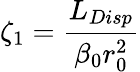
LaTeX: \zeta_{1}=\frac{L_{Disp}}{\beta_{0}r_{0}^{2}}